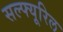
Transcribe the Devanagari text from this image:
सल्फ्यूरिल